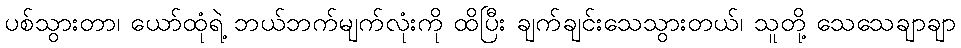
ပစ်သွားတာ၊ ယော်ထုံရဲ့ ဘယ်ဘက်မျက်လုံးကို ထိပြီး ချက်ချင်းသေသွားတယ်၊ သူတို့ သေသေချာချာ